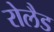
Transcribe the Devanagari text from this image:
रोलैड